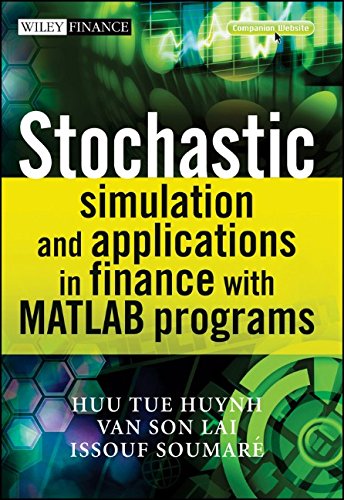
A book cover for Stochastic Simulation and Applications in Finance with MATLAB Programs; Huu Tue Huynh; Computers & Technology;